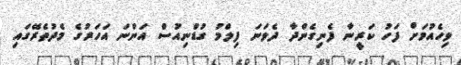
ވިހެއުމަށް ފަހު ކަރީނާ ފެނިގެންދާ ދެވަނަ ފިލްމު ގުޑްނިއުސް އަންނަ އަހަރުގެ މެދުތެރޭގައި